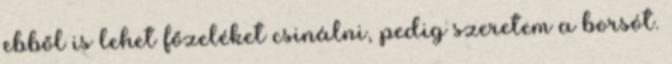
ebből is lehet főzeléket csinálni, pedig szeretem a borsót.